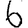
Digit: 6